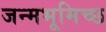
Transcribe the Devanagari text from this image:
जन्मभूमिच्छ